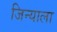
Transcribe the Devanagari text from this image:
जिन्याला